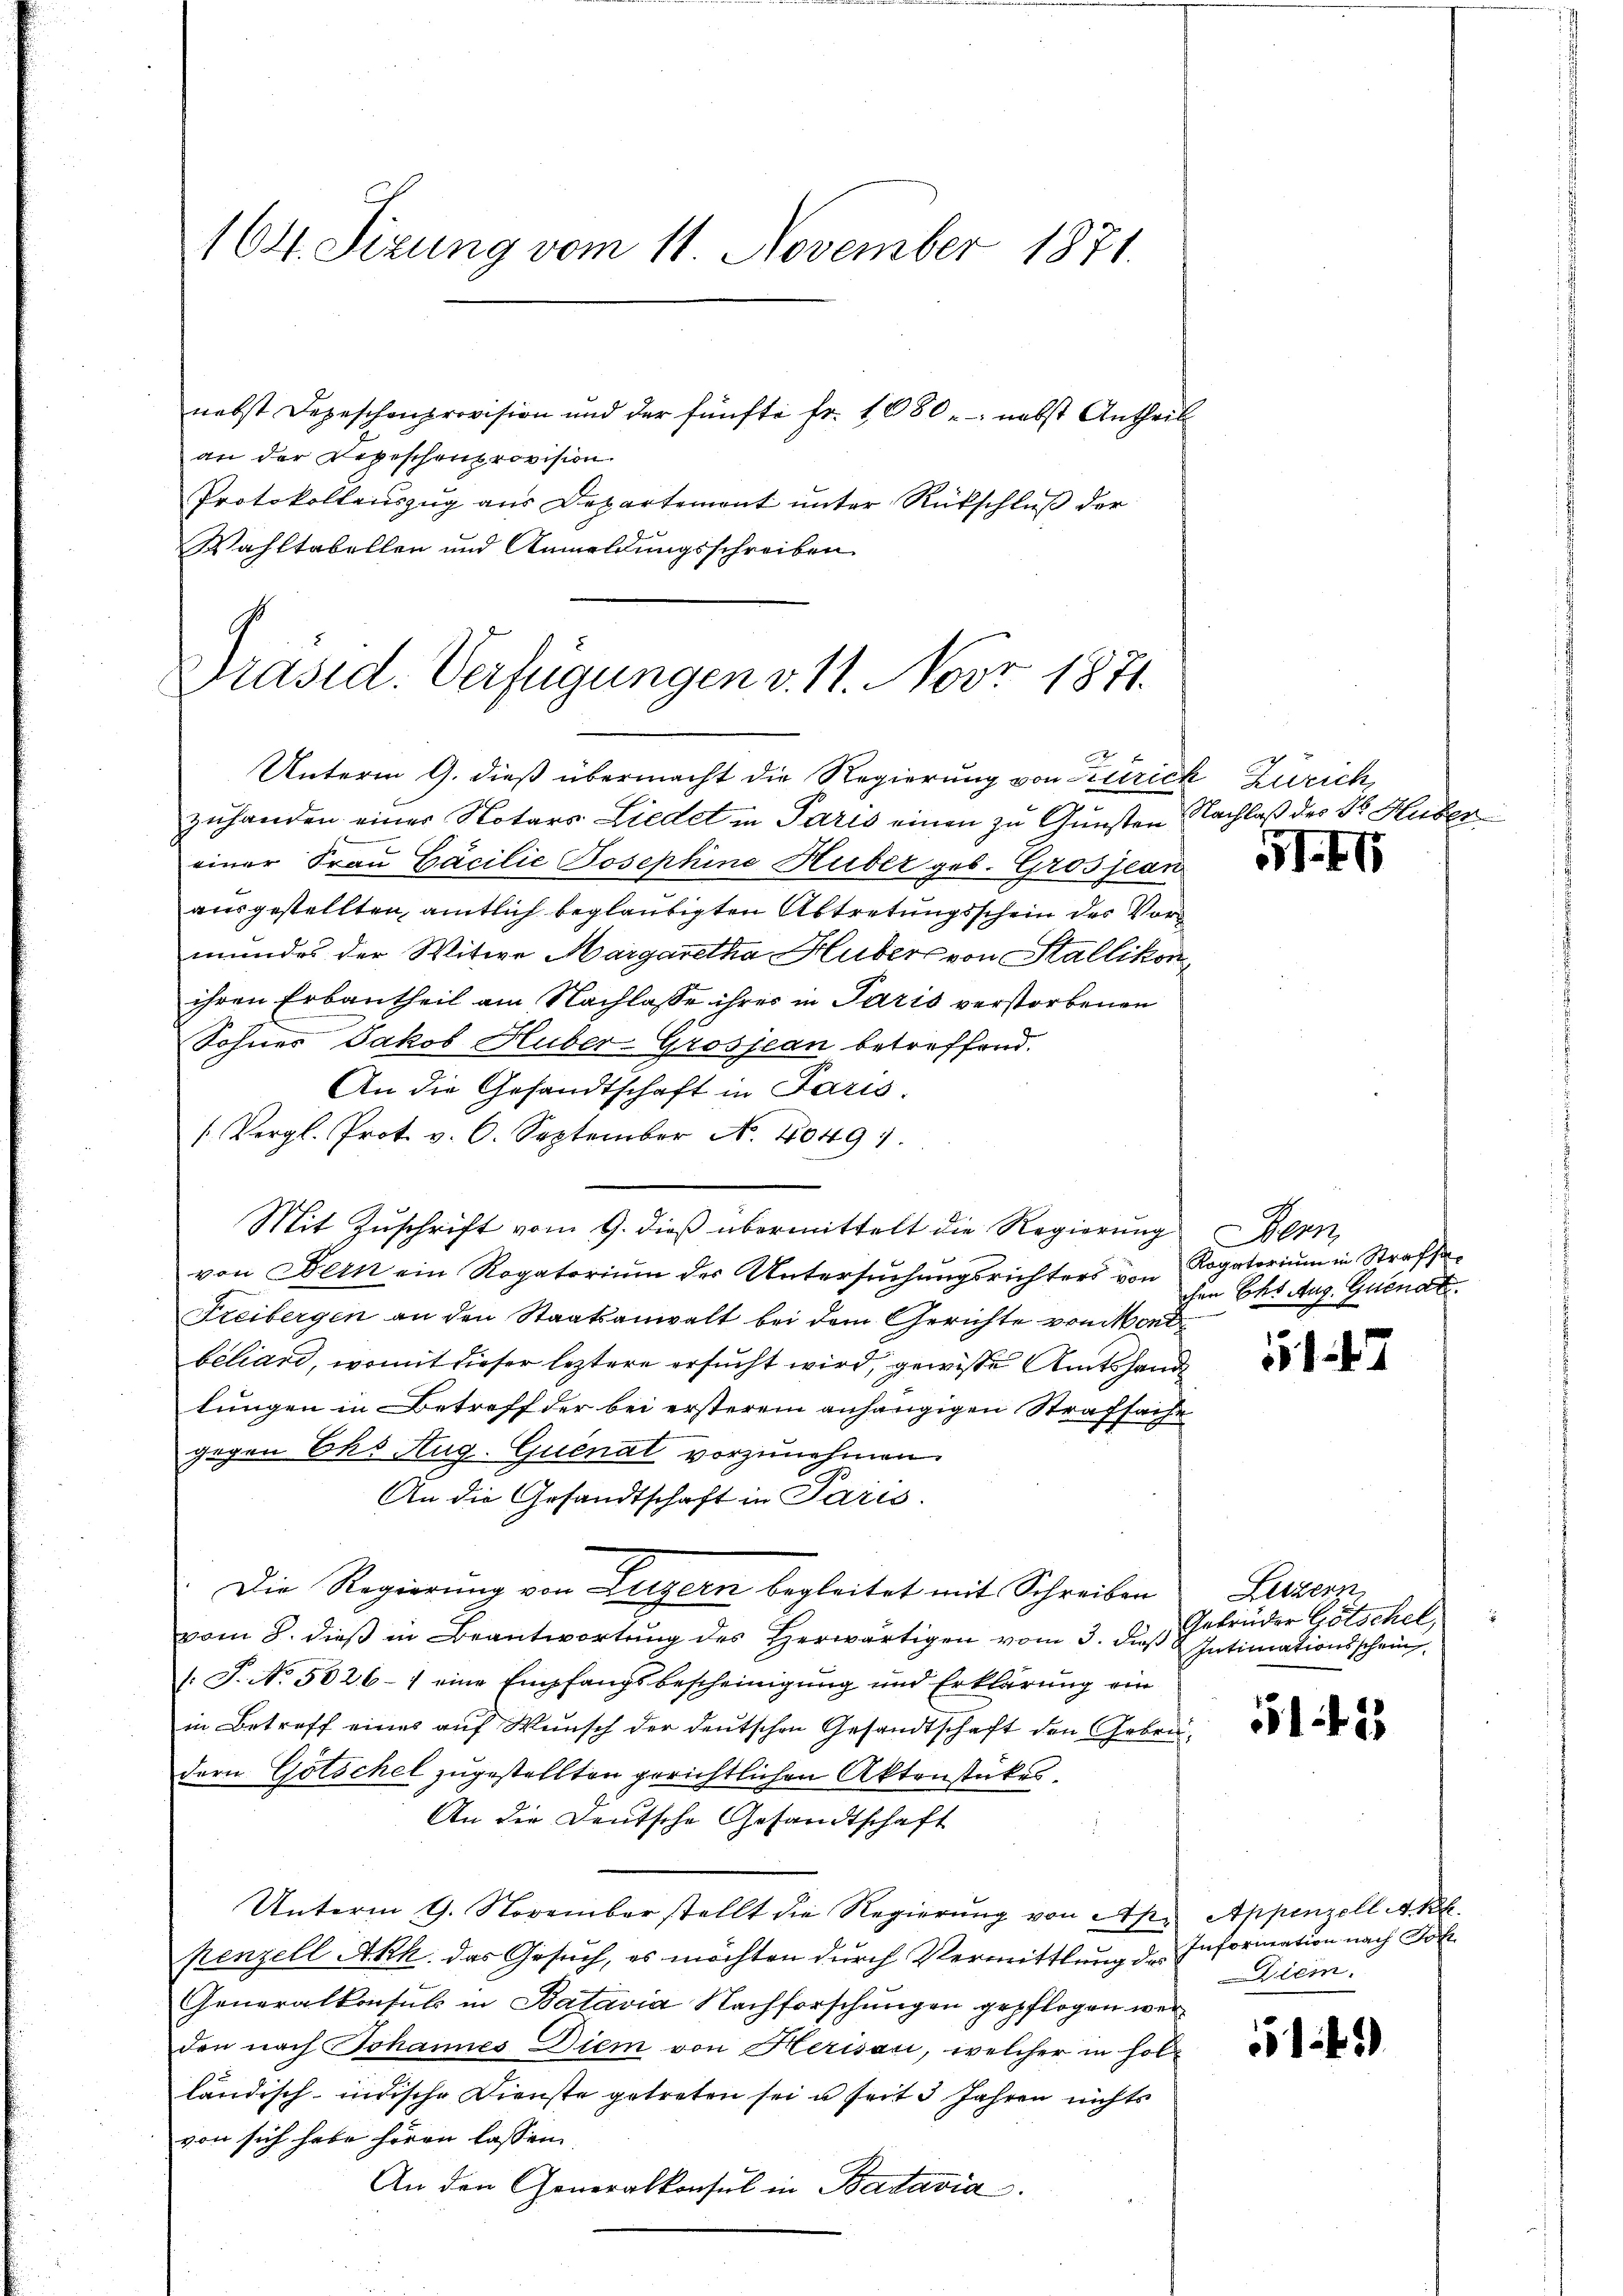
164. Sizung vom 11. November 1871.
nebst Depeschenprovision und der fünfte fr. 1680 - nebst Antheil

an der Depeschenprovision.
Protokollauszug aus Departemont unter Rückschluß der
Wahltabellen und Anmeldungsschreiben

Unterm 9. dieß übermacht die Regierung von Zürich Zürich,
zuhanden einer Notars Liedet in Paris einen zu Gunsten
einer Frau Gäcilie Josephine Huber geb. Grosjean
ausgestellten, amtlich beglaubigten Abtretungsschein des Vormundes der Witwe Margaretha Huber von Stallikon
ihren Erbantheil am Nachlasse ihres in Paris verstorbenen
Sohner Jakob Huber-Grosjean betreffend.
An die Gesandtschaft in Paris
(Vergl. Prot. v. 6. September N. 40491.
Mit Zuschrift vom 9. dieß übermittelt die Regierung ern
von Bern ein Rogatoriŭm der Untersŭchŭngsrichters von Rogatoriŭm in Strafsa-
Freibergen an den Staatsanwalt bei dem Gerichte von Mont
beliand, womit dieser leztere ersucht wird, gewisse Amtshandlungen in Betreff der bei ersterem anhängigen Strafsache
gegen Ehs Aug-Quenat vorzunehmen.
An die Gesandtschaft in Paris.
Die Regierung von Luzern begleitet mit Schreiben
vom 8. dieβ in Beantwortung des Herwärtigen vom 3. daß Intimationsschein
/: P. Nr. 5026-1 eine Empfangsbescheinigung und Erklärung ein
in Betreff eines auf Wunsch der deutschen Gesandtschaft den Gebridern Götschel zugestellten gerichtlichen Aktenstückes
An die Deutsche Gesandtschaft
Unterm 9. November stellt die Regierung von Apkenzell Akk. das Gesuch, es möchten durch Vermittlung des
Generalkonsul in Batavia Nachforschungen gepflogen werden nach Johannes Diem von Herisau, welcher in holländisch-indische Dienste getreten sei u seit 3 Jahren nichts
von sich habe hören lassen.
An den Generalkonsul in Batavia.

Präsid. Verfügungen v. 11. Nov. 1871.

Nachlaß des Dr. Huber

1.41

chen Ehs Aug. Guenat

5

Lezzerz
Gebrüder Götschel,

51453

Appenzell A.Rh.
Information nach Gott
iem

143